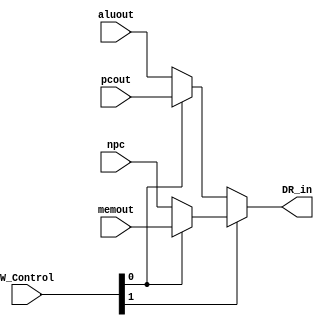
module writeback (
    output [15:0] DR_in,
    input  [15:0] aluout, pcout, npc, memout,
    input  [ 1:0] W_Control
    );

assign DR_in = (W_Control[1])? ((W_Control[0])? memout:npc )
              :((W_Control[0])? pcout:aluout);

endmodule